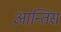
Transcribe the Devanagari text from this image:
आन्तिस